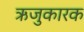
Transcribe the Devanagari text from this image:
ऋजुकारक